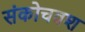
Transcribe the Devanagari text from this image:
संकोचवश